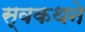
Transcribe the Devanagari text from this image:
स्वकथने